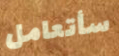
سأتعامل